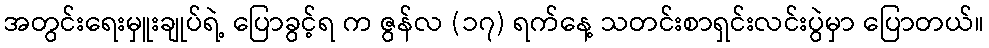
အတွင်းရေးမှူးချုပ်ရဲ့ ပြောခွင့်ရ က ဇွန်လ (၁၇) ရက်နေ့ သတင်းစာရှင်းလင်းပွဲမှာ ပြောတယ်။